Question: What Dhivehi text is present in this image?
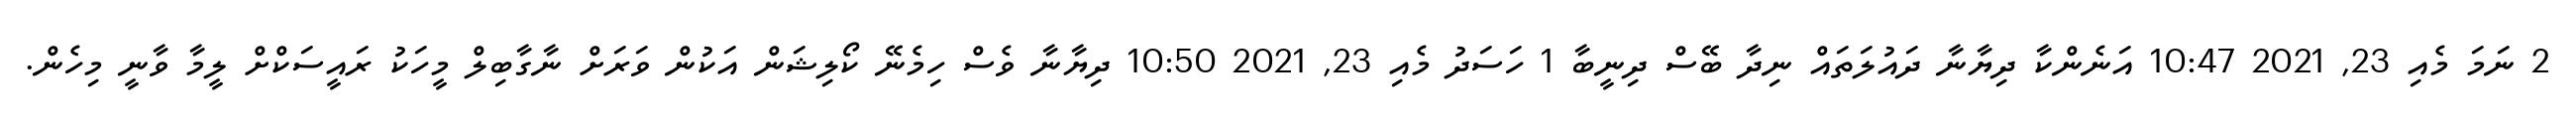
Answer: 2 ނަމަ މެއި 23, 2021 10:47 އަނެންކާ ދިޔާނާ ދައުލަތައް ނިދާ ބޭސް ދިނީބާ 1 ހަސަދު މެއި 23, 2021 10:50 ދިޔާނާ ވެސް ހިމެނޭ ކޯލިޝަން އަކުން ވަރަށް ނާގާބިލް މީހަކު ރައީސަކްށް ލީމާ ވާނީ މިހެން.